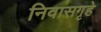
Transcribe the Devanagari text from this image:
निवासगृहे